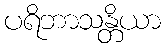
ပရိဘာသန္တိယာ